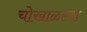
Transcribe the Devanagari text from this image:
चोखाळल्या